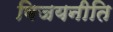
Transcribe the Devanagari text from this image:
विजयनीति